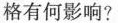
格有何影响?